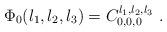
LaTeX: \begin{align*}\Phi_{0}(l_{1},l_{2},l_{3})=C_{0,0,0}^{l_{1},l_{2},l_{3}}\ . \end{align*}